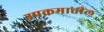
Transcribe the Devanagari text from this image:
उपक्रमातील